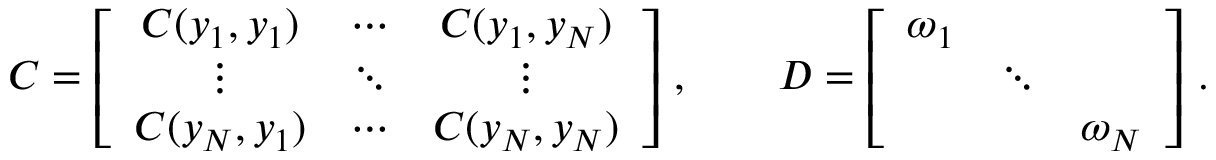
\boldsymbol C = \left[ \begin{array} { c c c } { C ( y _ { 1 } , y _ { 1 } ) } & { \cdots } & { C ( y _ { 1 } , y _ { N } ) } \\ { \vdots } & { \ddots } & { \vdots } \\ { C ( y _ { N } , y _ { 1 } ) } & { \cdots } & { C ( y _ { N } , y _ { N } ) } \end{array} \right] \, , \qquad \boldsymbol D = \left[ \begin{array} { c c c } { \omega _ { 1 } } & & \\ & { \ddots } & \\ & & { \omega _ { N } } \end{array} \right] \, .